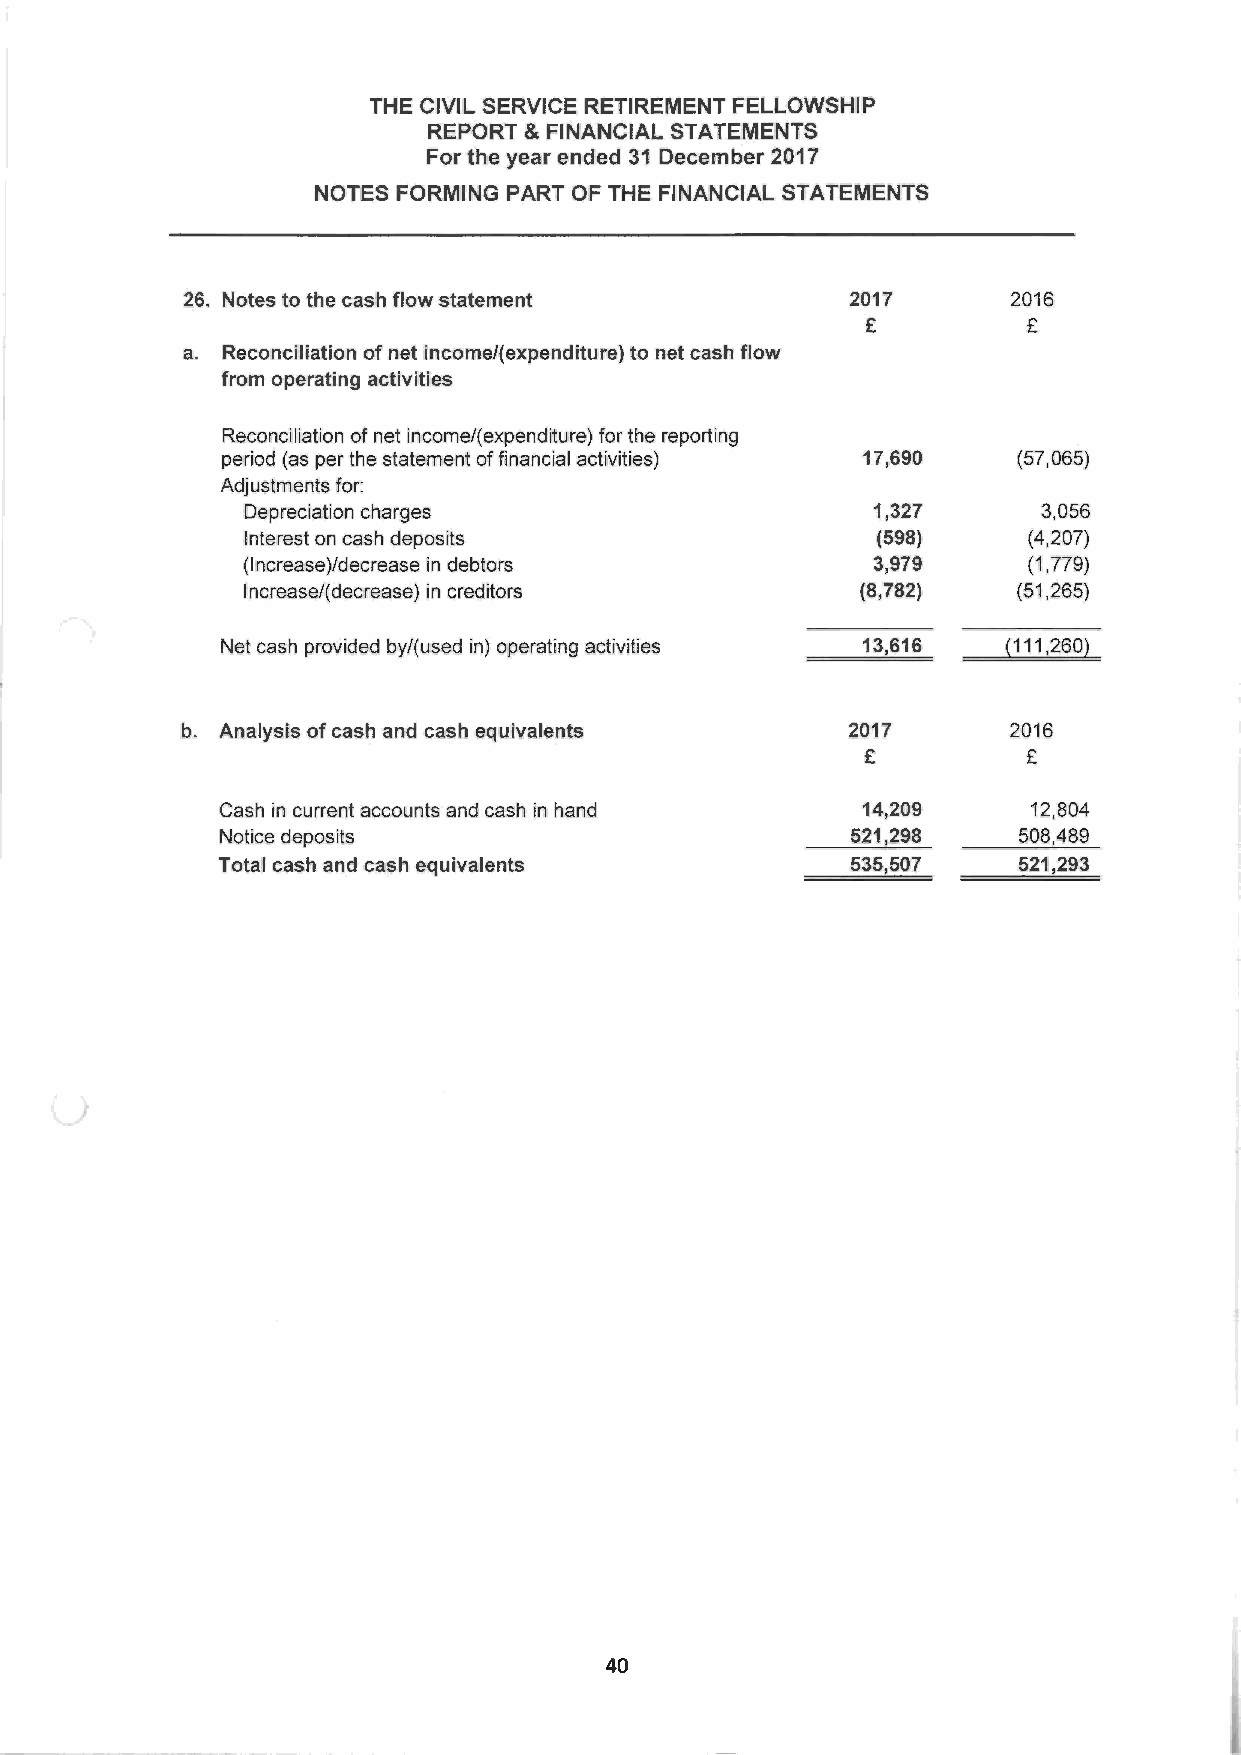
THE CIVIL SERVICE RETIREMENT FELLOWSHIP
 REPORT 8~ FINANCIAL STATEMENTS
 For the year ended 31 December 2017
 NOTES FORMING PART OF THE FINANCIAL STATEMENTS
 26. Notes to the cash flow statement        2017       2016
 £          £
 a. Reconciliation of net income/(expenditure) to net cash flow
 from operating activities
 Reconciliation of net income/(expenditure) for the reporting
 period (as per the statement of financial activities) 17,690 (57,065)
 Adjustments for:
 Depreciation charges                      1,327      3,056
 Interest on cash deposits                 (598)     (4,207)
 (Increase)/decrease in debtors            3,979     (1,779)
 Increase/(decrease) in creditors        (8,782)    (51,265)
 Net cash provided by/(used in) operating activities 13,616 (111,260)
 b. Analysis of cash and cash equivalents    2017       2016
 £          £
 Cash in current accounts and cash in hand  14,209     12,804
 Notice deposits                          521,298    508,489
 Total cash and cash equivalents           535,507    521,293
 40